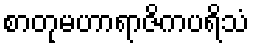
စာတုမဟာရာဇိကပရိသံ